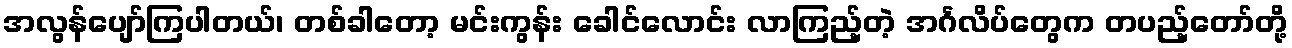
အလွန်ပျော်ကြပါတယ်၊ တစ်ခါတော့ မင်းကွန်း ခေါင်လောင်း လာကြည့်တဲ့ အင်္ဂလိပ်တွေက တပည့်တော်တို့